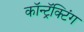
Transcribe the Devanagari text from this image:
कॉन्ट्रॅक्टिंग